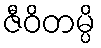
ဇီဝိတမ္ပိ